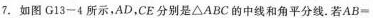
7.如图G13-4所示，AD，CE分别是△ABC的中线和角平分线。若$$A B =